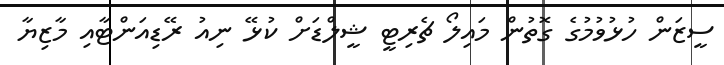
ސީޒަން ހުޅުވުމުގެ ގޮތުން މައިލޯ ޗެރިޓީ ޝީލްޑަށް ކުޅޭ ނިއު ރޭޑިއަންޓާއި މާޒިޔާ